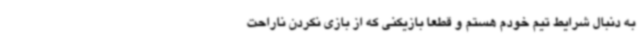
به دنبال شرایط تیم خودم هستم و قطعا بازیکنی که از بازی نکردن ناراحت